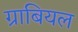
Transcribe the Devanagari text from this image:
ग्राबियल